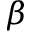
\ensuremath { \beta }